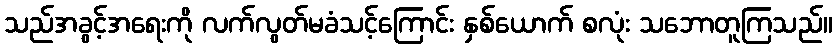
သည်အခွင့်အရေးကို လက်လွတ်မခံသင့်ကြောင်း နှစ်ယောက် စလုံး သဘောတူကြသည်။